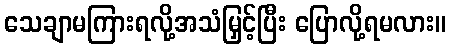
သေချာမကြားရလို့အသံမြှင့်ပြီး ပြောလို့ရမလား။